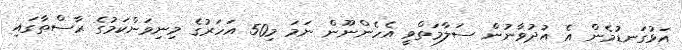
އަޅުގަނޑުމެން އެ އުދުވާނުން ސަލާމަތްވީ އެހެންނޫން ނަމަ މި50 އަހަރުގެ މިނިވަންކަމުގެ ރާސްތާގައި